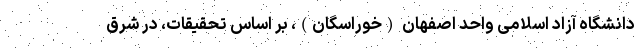
دانشگاه آزاد اسلامی واحد اصفهان (خوراسگان)، بر اساس تحقیقات، در شرق